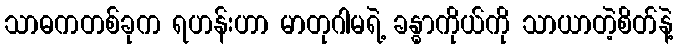
သာဓကတစ်ခုက ရဟန်းဟာ မာတုဂါမရဲ့ ခန္ဓာကိုယ်ကို သာယာတဲ့စိတ်နဲ့